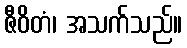
ဇီဝိတံ၊ အသက်သည်။